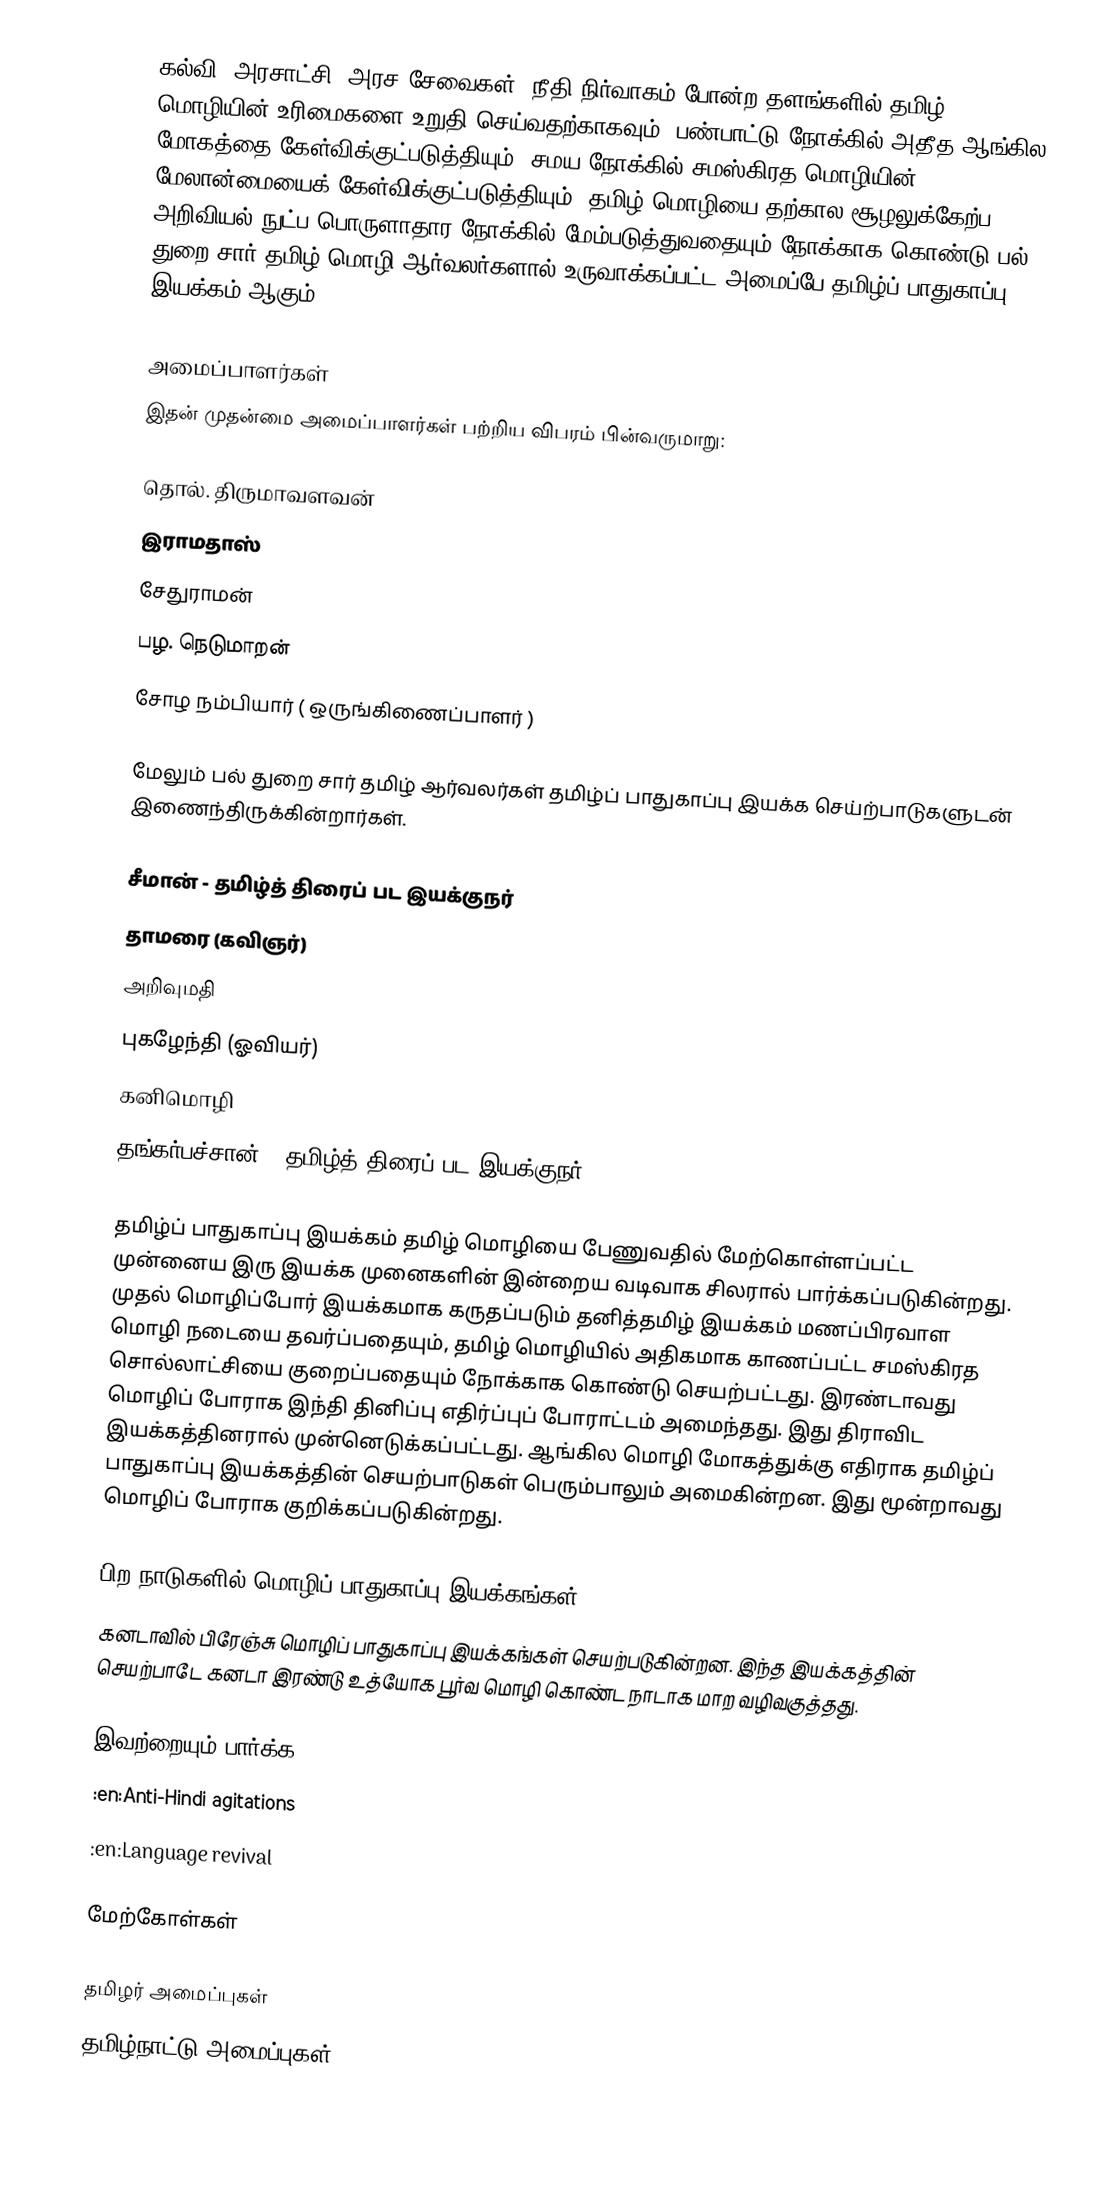
கல்வி, அரசாட்சி, அரச சேவைகள், நீதி நிர்வாகம் போன்ற தளங்களில் தமிழ் மொழியின் உரிமைகளை உறுதி செய்வதற்காகவும், பண்பாட்டு நோக்கில் அதீத ஆங்கில மோகத்தை கேள்விக்குட்படுத்தியும், சமய நோக்கில் சமஸ்கிரத மொழியின் மேலான்மையைக் கேள்விக்குட்படுத்தியும், தமிழ் மொழியை தற்கால சூழலுக்கேற்ப அறிவியல்-நுட்ப-பொருளாதார நோக்கில் மேம்படுத்துவதையும் நோக்காக கொண்டு பல் துறை சார் தமிழ் மொழி ஆர்வலர்களால் உருவாக்கப்பட்ட அமைப்பே தமிழ்ப் பாதுகாப்பு இயக்கம் ஆகும்.

அமைப்பாளர்கள்
இதன் முதன்மை அமைப்பாளர்கள் பற்றிய விபரம் பின்வருமாறு:

 தொல். திருமாவளவன்
 இராமதாஸ்
 சேதுராமன்
 பழ. நெடுமாறன்
 சோழ நம்பியார் ( ஒருங்கிணைப்பாளர் )

மேலும் பல் துறை சார் தமிழ் ஆர்வலர்கள் தமிழ்ப் பாதுகாப்பு இயக்க செய்ற்பாடுகளுடன் இணைந்திருக்கின்றார்கள்.

 சீமான் - தமிழ்த் திரைப் பட இயக்குநர்
 தாமரை (கவிஞர்)
 அறிவுமதி
 புகழேந்தி (ஓவியர்)
 கனிமொழி
 தங்கர்பச்சான் -  தமிழ்த் திரைப் பட இயக்குநர்

தமிழ்ப் பாதுகாப்பு இயக்கம் தமிழ் மொழியை பேணுவதில் மேற்கொள்ளப்பட்ட முன்னைய இரு இயக்க முனைகளின் இன்றைய வடிவாக சிலரால் பார்க்கப்படுகின்றது.  முதல் மொழிப்போர் இயக்கமாக கருதப்படும் தனித்தமிழ் இயக்கம் மணப்பிரவாள மொழி நடையை தவர்ப்பதையும், தமிழ் மொழியில் அதிகமாக காணப்பட்ட சமஸ்கிரத சொல்லாட்சியை குறைப்பதையும் நோக்காக கொண்டு செயற்பட்டது.  இரண்டாவது மொழிப் போராக இந்தி தினிப்பு எதிர்ப்புப் போராட்டம் அமைந்தது.  இது திராவிட இயக்கத்தினரால் முன்னெடுக்கப்பட்டது.  ஆங்கில மொழி மோகத்துக்கு எதிராக தமிழ்ப் பாதுகாப்பு இயக்கத்தின் செயற்பாடுகள் பெரும்பாலும் அமைகின்றன.  இது மூன்றாவது மொழிப் போராக குறிக்கப்படுகின்றது.

பிற நாடுகளில் மொழிப் பாதுகாப்பு இயக்கங்கள்
கனடாவில் பிரேஞ்சு மொழிப் பாதுகாப்பு இயக்கங்கள் செயற்படுகின்றன.  இந்த இயக்கத்தின் செயற்பாடே கனடா இரண்டு உத்யோக பூர்வ மொழி கொண்ட நாடாக மாற வழிவகுத்தது.

இவற்றையும் பார்க்க
 :en:Anti-Hindi agitations
 :en:Language revival

மேற்கோள்கள்

தமிழர் அமைப்புகள்
தமிழ்நாட்டு அமைப்புகள்